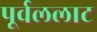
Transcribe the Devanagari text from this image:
पूर्वललाट